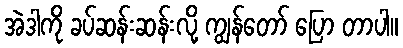
အဲဒါကို ခပ်ဆန်းဆန်းလို့ ကျွန်တော် ပြော တာပါ။